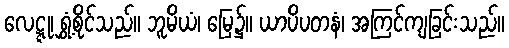
လေဋ္ဋု၊ ရွှံ့စိုင်သည်။ ဘူမိယံ၊ မြေ၌။ ယာပိပတနံ၊ အကြင်ကျခြင်းသည်။